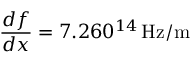
\frac { d f } { d x } = 7 . 2 6 \time 1 0 ^ { 1 4 } \, \mathrm { H z / m }